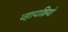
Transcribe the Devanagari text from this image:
व्हायब्रियो